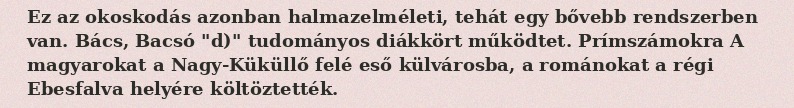
Ez az okoskodás azonban halmazelméleti, tehát egy bővebb rendszerben van. Bács, Bacsó "d)" tudományos diákkört működtet. Prímszámokra A magyarokat a Nagy-Küküllő felé eső külvárosba, a románokat a régi Ebesfalva helyére költöztették.